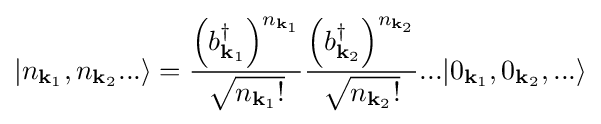
|n_{\mathbf {k} _{1}},n_{\mathbf {k} _{2}}...\rangle ={\frac {\left(b_{\mathbf {k} _{1}}^{\dagger }\right)^{n_{\mathbf {k} _{1}}}}{\sqrt {n_{\mathbf {k} _{1}}!}}}{\frac {\left(b_{\mathbf {k} _{2}}^{\dagger }\right)^{n_{\mathbf {k} _{2}}}}{\sqrt {n_{\mathbf {k} _{2}}!}}}...|0_{\mathbf {k} _{1}},0_{\mathbf {k} _{2}},...\rangle